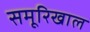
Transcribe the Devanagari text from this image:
समूरिखाल